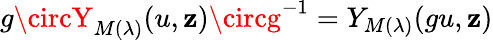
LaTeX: g\circY_{M(\lambda)}(u,\mathbf{z})\circg^{-1}=Y_{M(\lambda)}(gu,\mathbf{z})